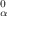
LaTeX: \mathbf { \Pi } _ { \alpha } ^ { 0 }